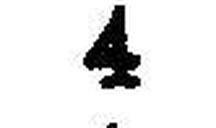
4